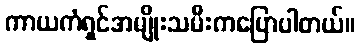
ကာယကံရှင်အမျိုးသမီးကပြောပါတယ်။